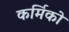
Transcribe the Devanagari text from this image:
कर्मिको